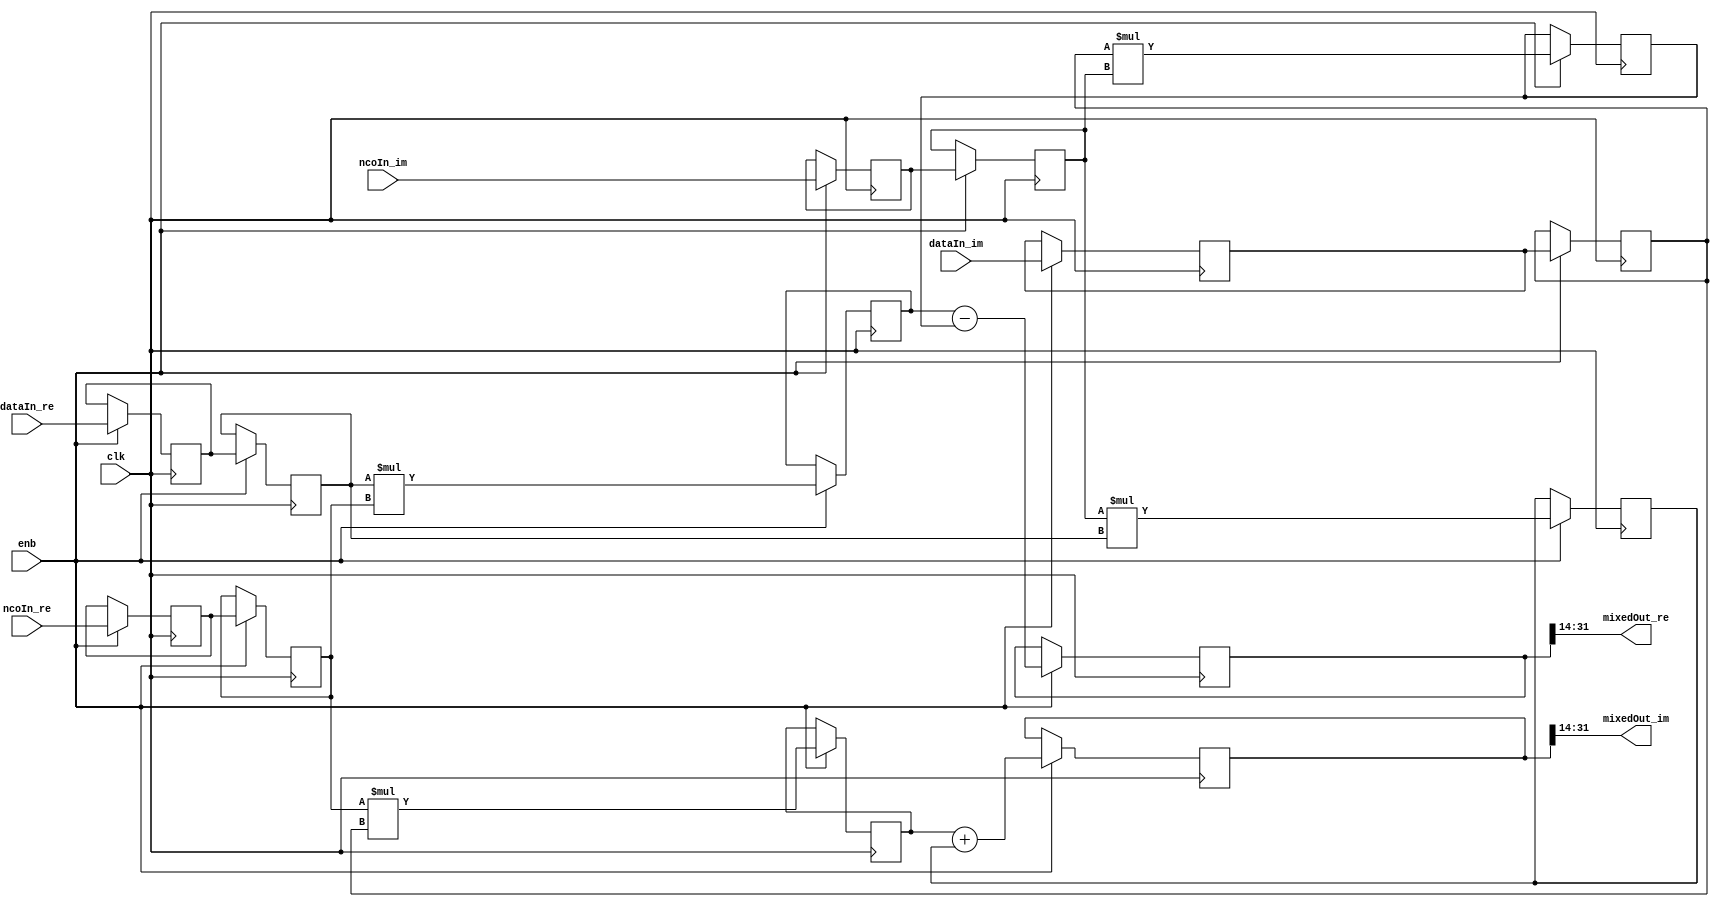
// -------------------------------------------------------------
// 
// 
// Generated by MATLAB 9.13 and HDL Coder 4.0
// 
// -------------------------------------------------------------


// -------------------------------------------------------------
// 
// Module: Mixer
// Source Path: DUCforLTEHDL/HDL_DUC/Mixer
// Hierarchy Level: 1
// 
// -------------------------------------------------------------

`timescale 1 ns / 1 ns

module Mixer
          (clk,
           enb,
           dataIn_re,
           dataIn_im,
           ncoIn_re,
           ncoIn_im,
           mixedOut_re,
           mixedOut_im);


  input   clk;
  input   enb;
  input   signed [17:0] dataIn_re;  // sfix18_En14
  input   signed [17:0] dataIn_im;  // sfix18_En14
  input   signed [17:0] ncoIn_re;  // sfix18_En16
  input   signed [17:0] ncoIn_im;  // sfix18_En16
  output  signed [17:0] mixedOut_re;  // sfix18_En16
  output  signed [17:0] mixedOut_im;  // sfix18_En16


  reg signed [17:0] Delay1_reg [0:1];  // sfix18 [2]
  wire signed [17:0] Delay1_reg_next [0:1];  // sfix18_En14 [2]
  wire signed [17:0] Delay1_out1;  // sfix18_En14
  reg signed [17:0] Delay3_reg [0:1];  // sfix18 [2]
  wire signed [17:0] Delay3_reg_next [0:1];  // sfix18_En16 [2]
  wire signed [17:0] Delay3_out1;  // sfix18_En16
  wire signed [35:0] Product1_out1;  // sfix36_En30
  reg signed [35:0] Delay6_out1;  // sfix36_En30
  reg signed [17:0] Delay2_reg [0:1];  // sfix18 [2]
  wire signed [17:0] Delay2_reg_next [0:1];  // sfix18_En14 [2]
  wire signed [17:0] Delay2_out1;  // sfix18_En14
  reg signed [17:0] Delay4_reg [0:1];  // sfix18 [2]
  wire signed [17:0] Delay4_reg_next [0:1];  // sfix18_En16 [2]
  wire signed [17:0] Delay4_out1;  // sfix18_En16
  wire signed [35:0] Product2_out1;  // sfix36_En30
  reg signed [35:0] Delay7_out1;  // sfix36_En30
  wire signed [36:0] Add_sub_cast;  // sfix37_En30
  wire signed [36:0] Add_sub_cast_1;  // sfix37_En30
  wire signed [36:0] Add_out1;  // sfix37_En30
  reg signed [36:0] Delay12_out1;  // sfix37_En30
  wire signed [17:0] Data_Type_Conversion1_out1;  // sfix18_En16
  wire signed [35:0] Product3_out1;  // sfix36_En30
  reg signed [35:0] Delay10_out1;  // sfix36_En30
  wire signed [35:0] Product4_out1;  // sfix36_En30
  reg signed [35:0] Delay11_out1;  // sfix36_En30
  wire signed [36:0] Add1_add_cast;  // sfix37_En30
  wire signed [36:0] Add1_add_cast_1;  // sfix37_En30
  wire signed [36:0] Add1_out1;  // sfix37_En30
  reg signed [36:0] Delay13_out1;  // sfix37_En30
  wire signed [17:0] Data_Type_Conversion2_out1;  // sfix18_En16

  initial begin
    Delay1_reg[0] = 18'sb000000000000000000;
    Delay1_reg[1] = 18'sb000000000000000000;
    Delay3_reg[0] = 18'sb000000000000000000;
    Delay3_reg[1] = 18'sb000000000000000000;
    Delay6_out1 = 36'sh000000000;
    Delay2_reg[0] = 18'sb000000000000000000;
    Delay2_reg[1] = 18'sb000000000000000000;
    Delay4_reg[0] = 18'sb000000000000000000;
    Delay4_reg[1] = 18'sb000000000000000000;
    Delay7_out1 = 36'sh000000000;
    Delay12_out1 = 37'sh0000000000;
    Delay10_out1 = 36'sh000000000;
    Delay11_out1 = 36'sh000000000;
    Delay13_out1 = 37'sh0000000000;
  end

  always @(posedge clk)
    begin : Delay1_process
      if (enb) begin
        Delay1_reg[0] <= Delay1_reg_next[0];
        Delay1_reg[1] <= Delay1_reg_next[1];
      end
    end

  assign Delay1_out1 = Delay1_reg[1];
  assign Delay1_reg_next[0] = dataIn_re;
  assign Delay1_reg_next[1] = Delay1_reg[0];



  always @(posedge clk)
    begin : Delay3_process
      if (enb) begin
        Delay3_reg[0] <= Delay3_reg_next[0];
        Delay3_reg[1] <= Delay3_reg_next[1];
      end
    end

  assign Delay3_out1 = Delay3_reg[1];
  assign Delay3_reg_next[0] = ncoIn_re;
  assign Delay3_reg_next[1] = Delay3_reg[0];



  assign Product1_out1 = Delay1_out1 * Delay3_out1;



  always @(posedge clk)
    begin : Delay6_process
      if (enb) begin
        Delay6_out1 <= Product1_out1;
      end
    end



  always @(posedge clk)
    begin : Delay2_process
      if (enb) begin
        Delay2_reg[0] <= Delay2_reg_next[0];
        Delay2_reg[1] <= Delay2_reg_next[1];
      end
    end

  assign Delay2_out1 = Delay2_reg[1];
  assign Delay2_reg_next[0] = dataIn_im;
  assign Delay2_reg_next[1] = Delay2_reg[0];



  always @(posedge clk)
    begin : Delay4_process
      if (enb) begin
        Delay4_reg[0] <= Delay4_reg_next[0];
        Delay4_reg[1] <= Delay4_reg_next[1];
      end
    end

  assign Delay4_out1 = Delay4_reg[1];
  assign Delay4_reg_next[0] = ncoIn_im;
  assign Delay4_reg_next[1] = Delay4_reg[0];



  assign Product2_out1 = Delay2_out1 * Delay4_out1;



  always @(posedge clk)
    begin : Delay7_process
      if (enb) begin
        Delay7_out1 <= Product2_out1;
      end
    end



  assign Add_sub_cast = {Delay6_out1[35], Delay6_out1};
  assign Add_sub_cast_1 = {Delay7_out1[35], Delay7_out1};
  assign Add_out1 = Add_sub_cast - Add_sub_cast_1;



  always @(posedge clk)
    begin : Delay12_process
      if (enb) begin
        Delay12_out1 <= Add_out1;
      end
    end



  assign Data_Type_Conversion1_out1 = Delay12_out1[31:14];



  assign mixedOut_re = Data_Type_Conversion1_out1;

  assign Product3_out1 = Delay3_out1 * Delay2_out1;



  always @(posedge clk)
    begin : Delay10_process
      if (enb) begin
        Delay10_out1 <= Product3_out1;
      end
    end



  assign Product4_out1 = Delay4_out1 * Delay1_out1;



  always @(posedge clk)
    begin : Delay11_process
      if (enb) begin
        Delay11_out1 <= Product4_out1;
      end
    end



  assign Add1_add_cast = {Delay10_out1[35], Delay10_out1};
  assign Add1_add_cast_1 = {Delay11_out1[35], Delay11_out1};
  assign Add1_out1 = Add1_add_cast + Add1_add_cast_1;



  always @(posedge clk)
    begin : Delay13_process
      if (enb) begin
        Delay13_out1 <= Add1_out1;
      end
    end



  assign Data_Type_Conversion2_out1 = Delay13_out1[31:14];



  assign mixedOut_im = Data_Type_Conversion2_out1;

endmodule  // Mixer